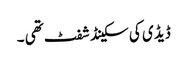
ڈیڈ ی کی سکینڈ شفٹ تھی ۔